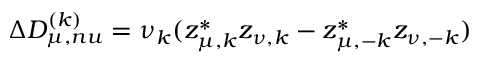
\Delta D _ { \mu , n u } ^ { ( k ) } = \nu _ { k } ( z _ { \mu , k } ^ { * } z _ { \nu , k } - z _ { \mu , - k } ^ { * } z _ { \nu , - k } )